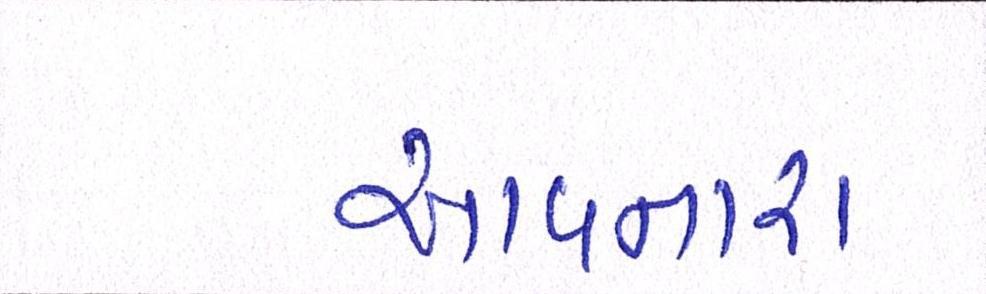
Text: આવનારા